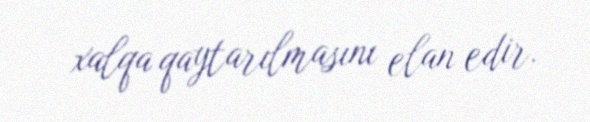
xalqa qaytarılmasını elan edir.